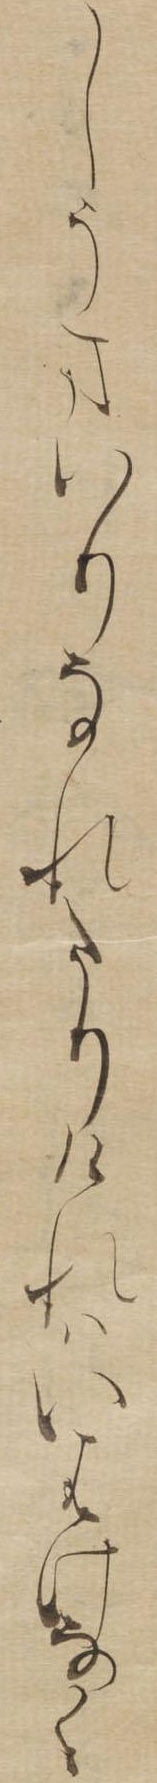
しうまいりなれたりけれはいはけなく